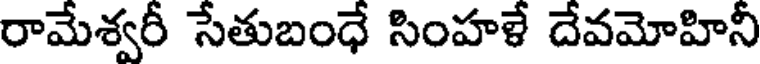
రామేశ్వరీ సేతుబంధే సింహళే దేవమోహినీ